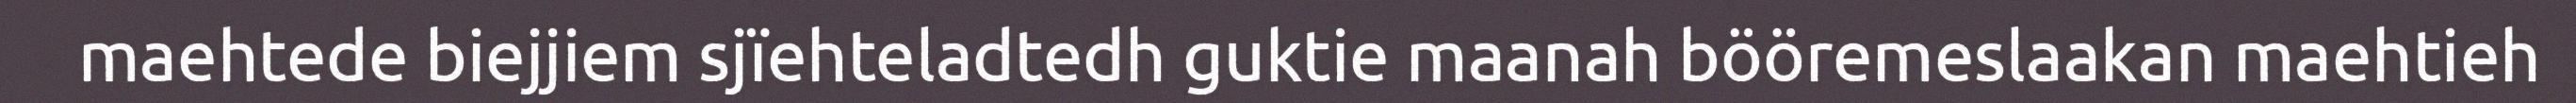
maehtede biejjiem sjïehteladtedh guktie maanah bööremeslaakan maehtieh